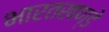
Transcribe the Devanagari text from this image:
भारतखण्डे